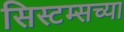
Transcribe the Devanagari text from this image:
सिस्टम्सच्या